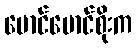
မောင်မောင်စိုးက